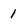
Character: 1